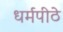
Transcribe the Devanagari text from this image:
धर्मपीठे